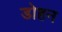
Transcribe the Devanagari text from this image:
डोहन